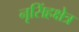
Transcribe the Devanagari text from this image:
नृसिंहक्षेत्र